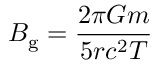
B _ { \mathrm { g } } = { \frac { 2 \pi G m } { 5 r c ^ { 2 } T } }